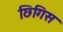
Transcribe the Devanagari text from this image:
छिगिस